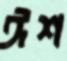
ঈশ